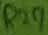
Text: R29